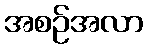
အစဉ်အလာ